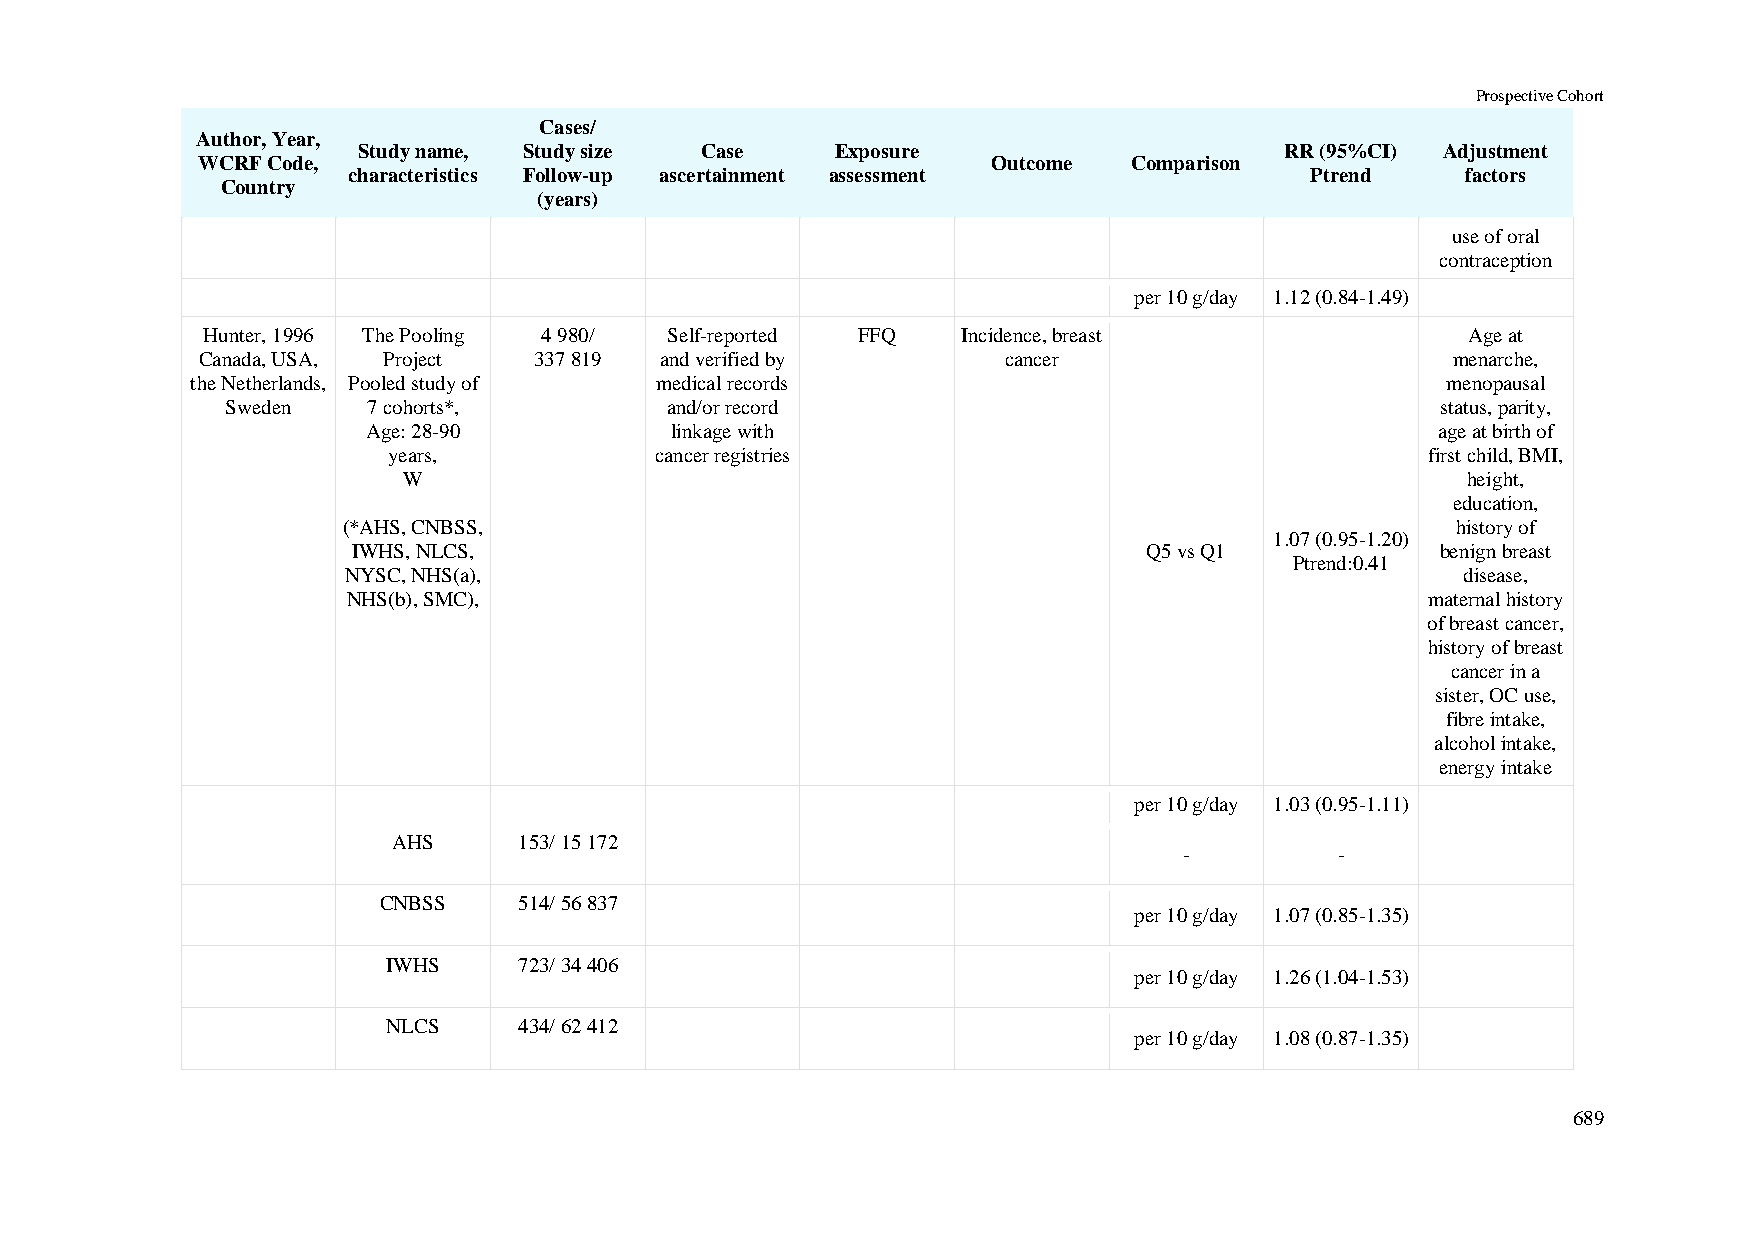
Prospective Cohort
 Cases/
 Author, Year,
 Study name, Study size Case    Exposure                      RR (95%CI) Adjustment
 WCRF Code,                                           Outcome  Comparison
 characteristics Follow-up ascertainment assessment              Ptrend    factors
 Country
 (years)
 use of oral
 contraception
 per 10 g/day 1.12 (0.84-1.49)
 Hunter, 1996 The Pooling 4 980/ Self-reported FFQ  Incidence, breast                Age at
 Canada, USA, Project  337 819  and verified by       cancer                        menarche,
 the Netherlands, Pooled study of medical records                                   menopausal
 Sweden   7 cohorts*,         and/or record                                      status, parity,
 Age: 28-90          linkage with                                       age at birth of
 years,           cancer registries                                   first child, BMI,
 W                                                                     height,
 education,
 (*AHS, CNBSS,                                                            history of
 1.07 (0.95-1.20)
 IWHS, NLCS,                                          Q5 vs Q1           benign breast
 Ptrend:0.41
 NYSC, NHS(a),                                                             disease,
 NHS(b), SMC),                                                           maternal history
 of breast cancer,
 history of breast
 cancer in a
 sister, OC use,
 fibre intake,
 alcohol intake,
 energy intake
 per 10 g/day 1.03 (0.95-1.11)
 AHS     153/ 15 172
 -          -
 CNBSS    514/ 56 837
 per 10 g/day 1.07 (0.85-1.35)
 IWHS    723/ 34 406
 per 10 g/day 1.26 (1.04-1.53)
 NLCS    434/ 62 412
 per 10 g/day 1.08 (0.87-1.35)
 689